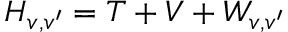
H _ { v , v ^ { \prime } } = T + V + W _ { v , v ^ { \prime } }